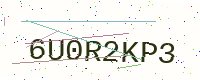
Text: 6U0R2KP3